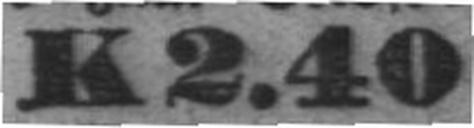
K 2.40